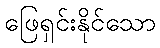
ဖြေရှင်းနိုင်သော